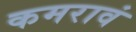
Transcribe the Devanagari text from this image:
कमरावं